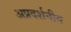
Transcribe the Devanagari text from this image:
अप्रदर्शनीय